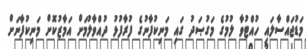
މަޑުޖައްސާލައި ހުއްޓުވާ ލުމުގެ މަގުޞަދު ގައި މަނިކުފާނުގެ ފުރާފުޅު ދުއްވާލުމަށް އަމާޒުކޮށް މަނިކުފާނަށް